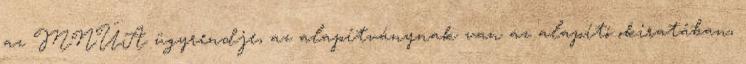
az MNÜA ügyrendje, az alapítványnak van az alapító okiratában,